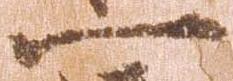
一